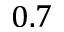
0 . 7